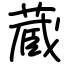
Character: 蔵